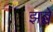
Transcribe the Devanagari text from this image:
झब्बे